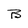
Character: B